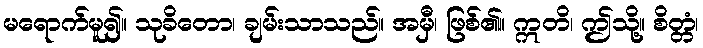
မရောက်မူ၍။ သုခိတော၊ ချမ်းသာသည်။ အမှီ၊ ဖြစ်၏။ ဣတိ၊ ဤသို့။ စိတ္တံ၊